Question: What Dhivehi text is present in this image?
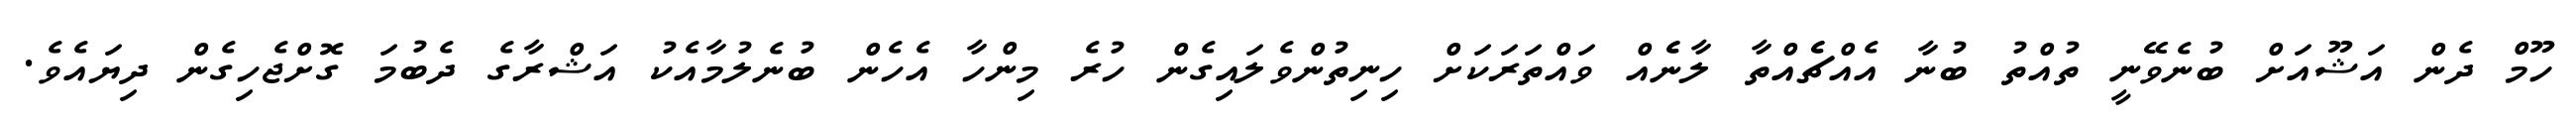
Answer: ހޫމް ދެން އަޝޫއަށް ބުނެވޭނީ ތުއްތު ބުނާ އެއްޗެެއްތާ ލާނެެއް ވައްތަރަކަށް ހިނިތުންވެލައިގެން ހުރެ މިންހާ އެހެން ބުނެލުމާއެކު އަޝްރާގެ ދެބުމަ ގޮށްޖެހިގެން ދިޔައެވެ.